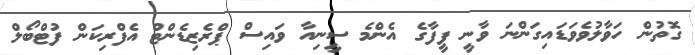
ގޮތުން ހަވާލުވެވަޑައިގަންނަ ވާނީ ފީފާގެ އެންމެ ސީނިއާ ވައިސް ޕްރެޒިޑެންޓް އެފްރިކަން ފުޓްބޯލް